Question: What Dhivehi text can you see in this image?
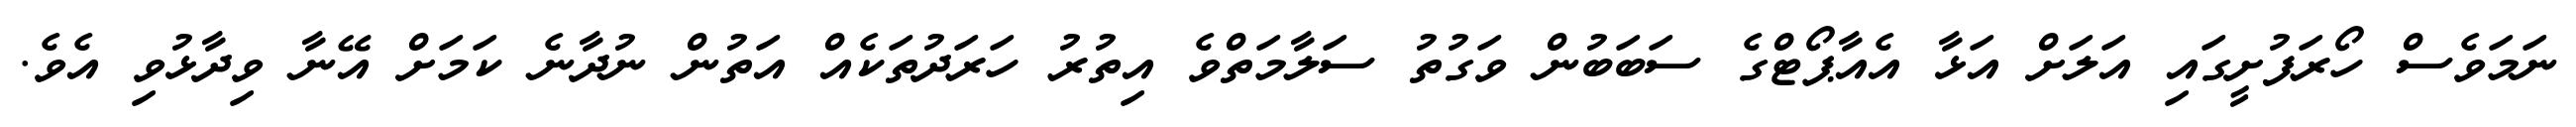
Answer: ނަމަވެސް ހޯރަފުށީގައި އަލަށް އަޅާ އެއާޕޯޓްގެ ސަބަބުން ވަގުތު ސަލާމަތްވެ އިތުރު ހަރަދުތަކެއް އަތުން ނުދާނެ ކަމަށް އޭނާ ވިދާޅުވި އެވެ.